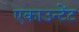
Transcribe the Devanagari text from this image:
एकाउन्टेंट